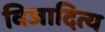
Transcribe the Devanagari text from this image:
विजादित्य